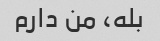
بله، من دارم